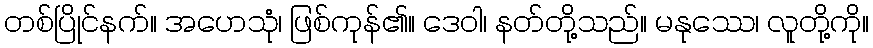
တစ်ပြိုင်နက်။ အဟေသုံ၊ ဖြစ်ကုန်၏။ ဒေဝါ၊ နတ်တို့သည်။ မနုဿေ၊ လူတို့ကို။